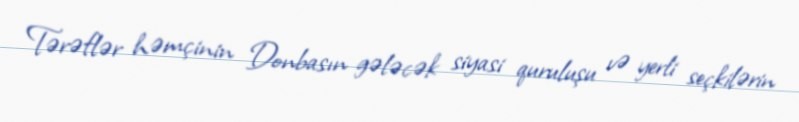
Tərəflər həmçinin Donbasın gələcək siyasi quruluşu və yerli seçkilərin